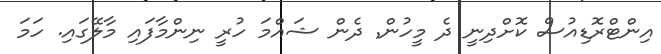
އިންޓްރޮޑިއުސް ކޮށްދިނީ ދެ މީހުން